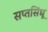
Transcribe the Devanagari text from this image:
सप्तसिंधू